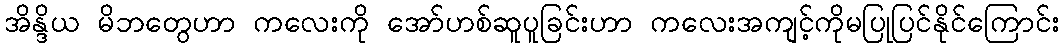
အိန္ဒိယ မိဘတွေဟာ ကလေးကို အော်ဟစ်ဆူပူခြင်းဟာ ကလေးအကျင့်ကိုမပြုပြင်နိုင်ကြောင်း